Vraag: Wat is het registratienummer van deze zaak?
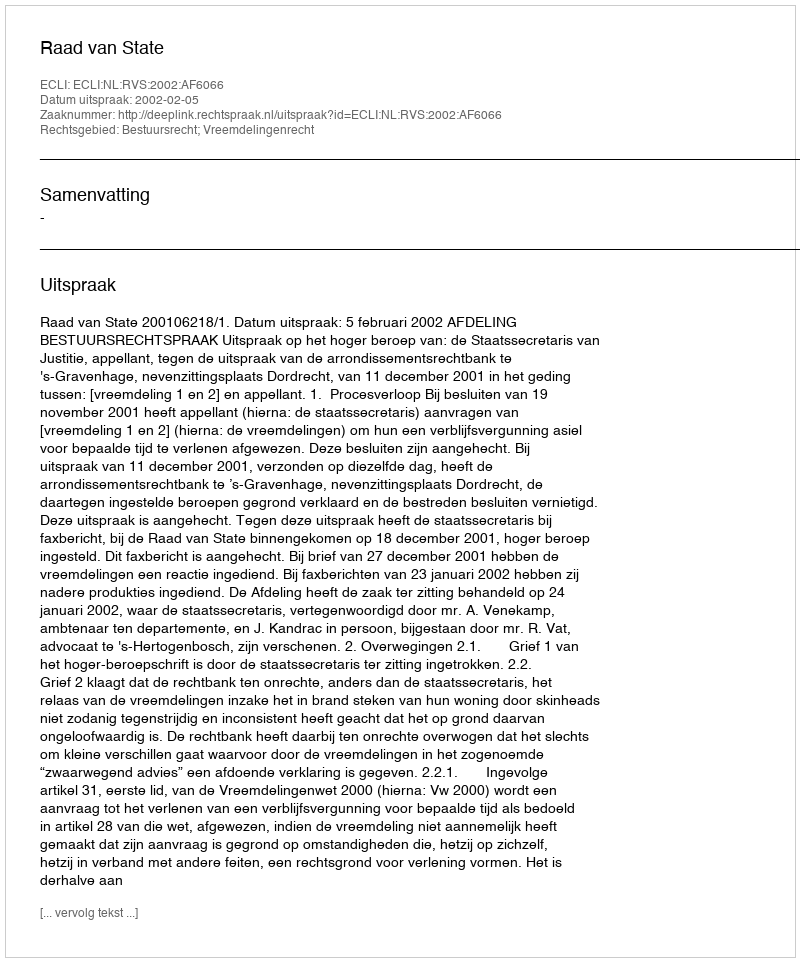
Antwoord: http://deeplink.rechtspraak.nl/uitspraak?id=ECLI:NL:RVS:2002:AF6066